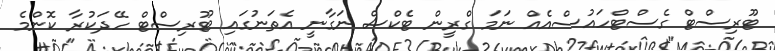
ޓޫރިސްޓް ގެސްޓްހައުސްއެއް ނަމަ ގްރީން ޓެކްސް ނަގާނީ އެތަނުގައި ޓޫރިސްޓް ހޭދަކުރާ ކޮންމެ